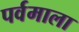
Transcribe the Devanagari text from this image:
पर्वमाला